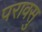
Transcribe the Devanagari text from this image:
परावसु